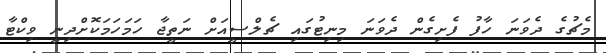
މެޗުގެ ދެވަނަ ހާފު ފެށިގެން ދެވަނަ މިނިޓުގައި ޗެލްސީއަށް ނަތީޖާ ހަމަހަމަކޮށްދިނީ ވިކްޓާ